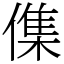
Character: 𠍱